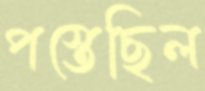
পস্তেছিল